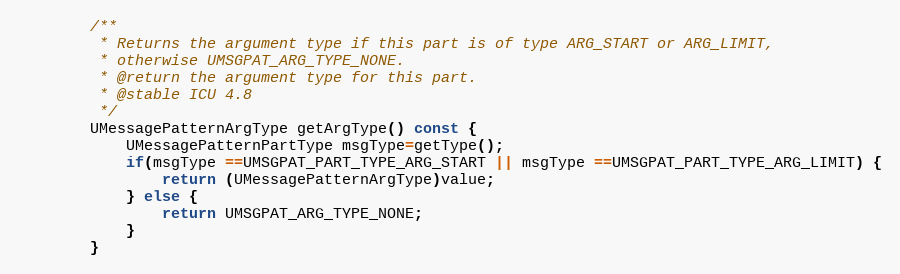
Language: C
        /**
         * Returns the argument type if this part is of type ARG_START or ARG_LIMIT,
         * otherwise UMSGPAT_ARG_TYPE_NONE.
         * @return the argument type for this part.
         * @stable ICU 4.8
         */
        UMessagePatternArgType getArgType() const {
            UMessagePatternPartType msgType=getType();
            if(msgType ==UMSGPAT_PART_TYPE_ARG_START || msgType ==UMSGPAT_PART_TYPE_ARG_LIMIT) {
                return (UMessagePatternArgType)value;
            } else {
                return UMSGPAT_ARG_TYPE_NONE;
            }
        }